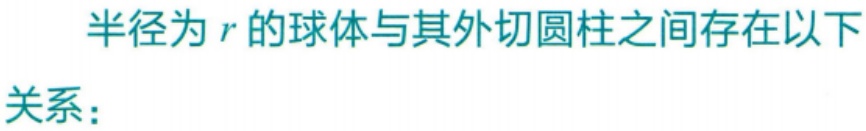
半径为\(r\)的球体与其外切圆柱之间存在以下
关系：